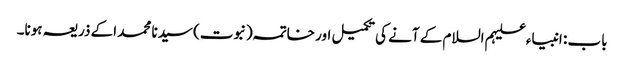
باب : انبیاء علیہم السلام کے آنے کی تکمیل اور خاتمہ (نبوت) سیدنا محمد اکے ذریعہ ہونا۔